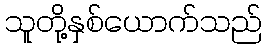
သူတို့နှစ်ယောက်သည်